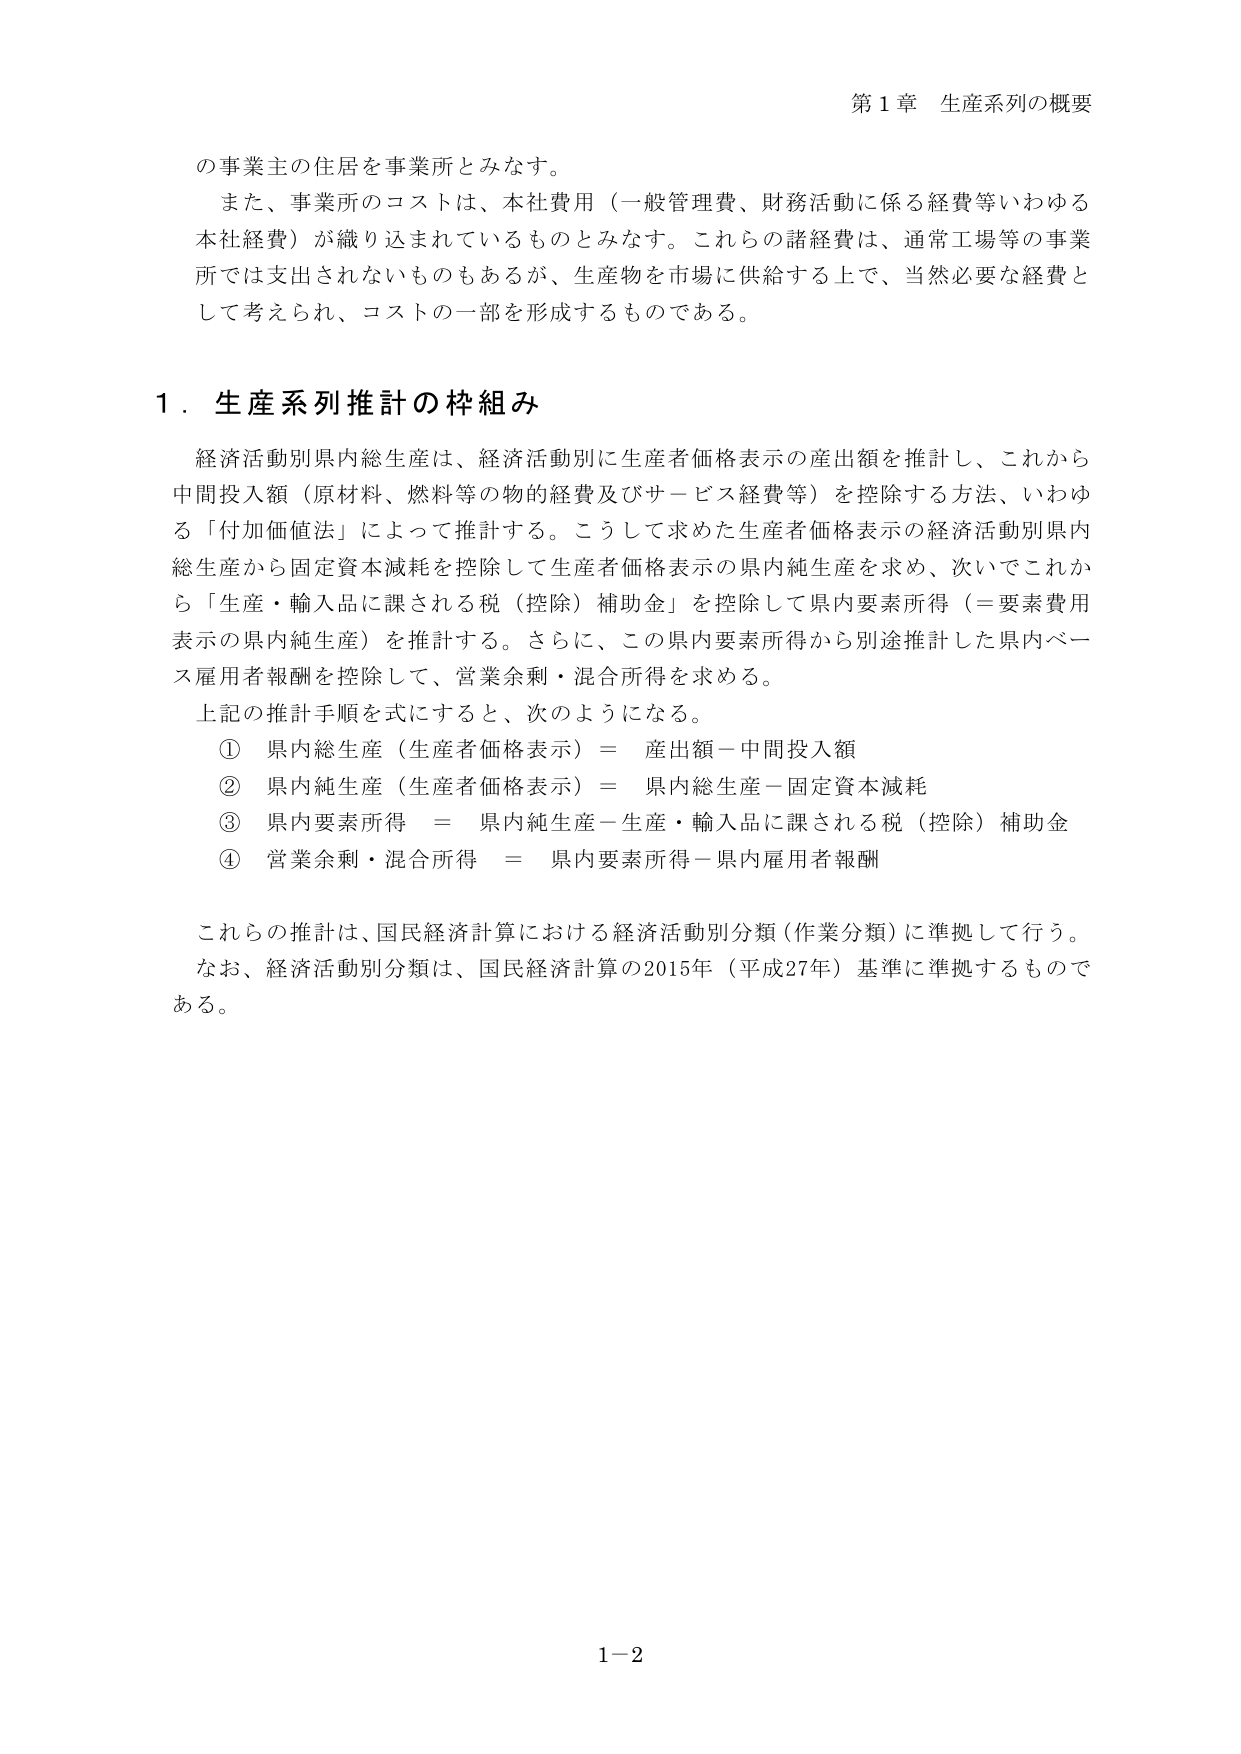
第１章 生産系列の概要

の事業主の住居を事業所とみなす。
また、事業所のコストは、本社費用（一般管理費、財務活動に係る経費等いわゆる本社経費）が織り込まれているものとみなす。これらの諸経費は、通常工場等の事業所では支出されないものもあるが、生産物を市場に供給する上で、当然必要な経費として考えられ、コストの一部を形成するものである。

１．生産系列推計の枠組み

経済活動別県内総生産は、経済活動別に生産者価格表示の产出額を推計し、これから中間投入額（原材料、燃料等の物的経費及びサービス経費等）を控除する方法、いわゆる「付加価値法」によって推計する。こうして求めた生産者価格表示の経済活動別県内総生産から固定資本減耗を控除して生産者価格表示の県内純生産を求め、次いでこれから「生産・輸入品に課される税（控除）補助金」を控除して県内要素所得（＝要素費用表示の県内純生産）を推計する。さらに、この県内要素所得から別途推計した県内ベース雇用者報酬を控除して、営業余剰・混合所得を求める。

上記の推計手順を式にすると、次のようになる。
① 県内総生産（生産者価格表示）＝ 产出額－中間投入額
② 県内純生産（生産者価格表示）＝ 県内総生産－固定資本減耗
③ 県内要素所得 ＝ 県内純生産－生産・輸入品に課される税（控除）補助金
④ 営業余剰・混合所得 ＝ 県内要素所得－県内雇用者報酬

これらの推計は、国民経済計算における経済活動別分類（作業分類）に準拠して行う。
なお、経済活動別分類は、国民経済計算の2015年（平成27年）基準に準拠するものである。

1－2